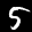
Label: 5